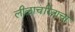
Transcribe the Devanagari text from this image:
लीळाचरित्राचा